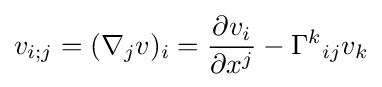
v_{i;j}=(\nabla _{j}v)_{i}={\frac {\partial v_{i}}{\partial x^{j}}}-\Gamma ^{k}{}_{ij}v_{k}